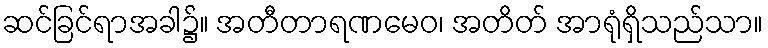
ဆင်ခြင်ရာအခါ၌။ အတီတာရဏမေဝ၊ အတိတ် အာရုံရှိသည်သာ။